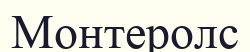
Монтеролс